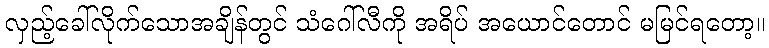
လှည့်ခေါ်လိုက်သောအချိန်တွင် သံဂေါ်လီကို အရိပ် အယောင်တောင် မမြင်ရတော့။